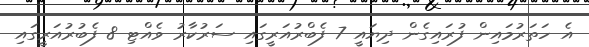
އެ ހަތަރުމައިން ފުރައިގެން ދިޔައީ 7 ފެބްރުއަރީގައި ސަރުކާރު ވެއްޓި 8 ފެބުރުއަރީގައި